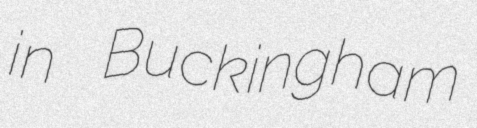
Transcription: in Buckingham